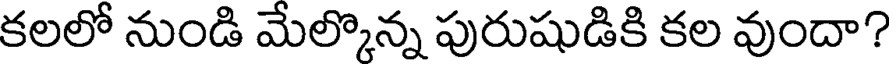
కలలో నుండి మేల్కొన్న పురుషుడికి కల వుందా?